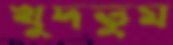
খুদতুম